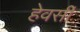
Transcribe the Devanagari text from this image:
हेवर्सी